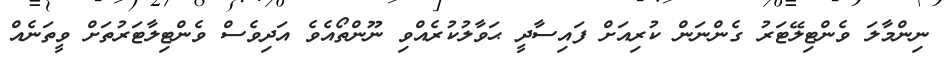
ނިންމާލަ ވެންޓިލޭޓަރު ގެންނަން ކުރިއަށް ފައިސާދީ ޙަވާލުކުރެއްވި ނޫންތޯއެވެ އަދިވެސް ވެންޓިލާޓަރުތަށް ވީތަނެއް